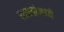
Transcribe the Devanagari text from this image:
सप्ताहांमध्ये